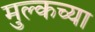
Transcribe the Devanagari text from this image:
मुल्कच्या